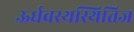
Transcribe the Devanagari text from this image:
ऊर्धवस्थस्थितिज